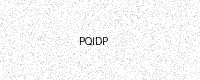
Text: PQIDP